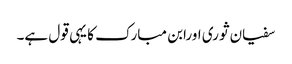
سفیان ثوری اورابن مبارک کا یہی قول ہے۔